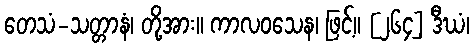
တေသံ-သတ္တာနံ၊ တို့အား။ ကာလဝသေန၊ ဖြင့်။ [၂၆၄] ဒီဃံ၊